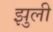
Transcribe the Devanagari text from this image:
झुली